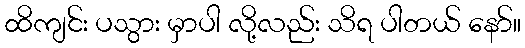
ထိကျင်း ပသွား မှာပါ လို့လည်း သိရ ပါတယ် နော်။